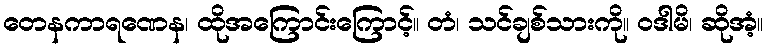
တေနကာရဏေန၊ ထိုအကြောင်းကြောင့်။ တံ၊ သင်ချစ်သားကို။ ဝဒါမိ၊ ဆိုအံ့။